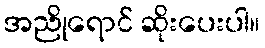
အညိုရောင် ဆိုးပေးပါ။